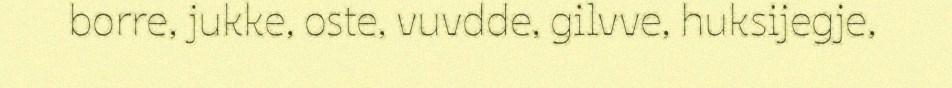
borre, jukke, oste, vuvdde, gilvve, huksijegje,